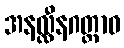
အနလ္လီနဂတ္တာဝ